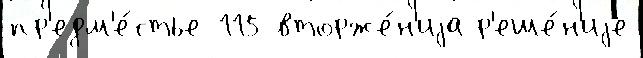
пр'едм'е́стье 115 вторже́н'иjа р'еше́н'иjе